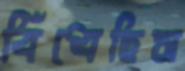
বিঁধেছিস